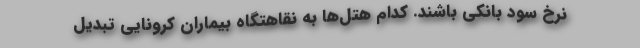
نرخ سود بانکی باشند. کدام هتل‌‌ها به‌ نقاهتگاه بیماران کرونایی تبدیل